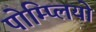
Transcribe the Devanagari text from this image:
पोम्प्लियो